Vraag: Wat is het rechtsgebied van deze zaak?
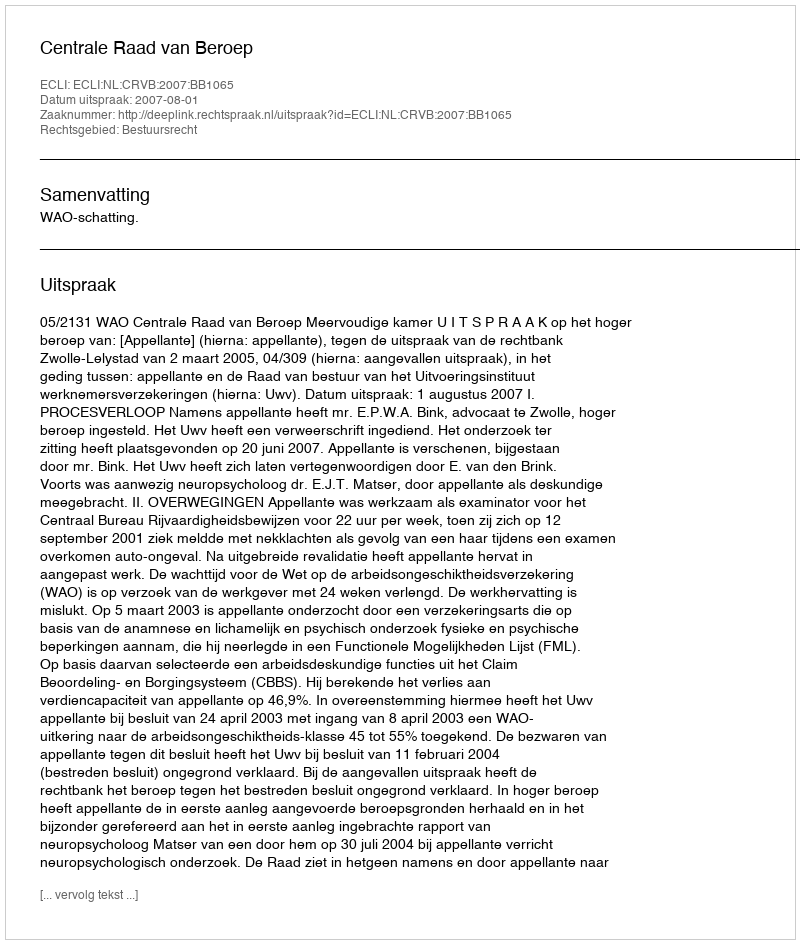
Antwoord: Bestuursrecht